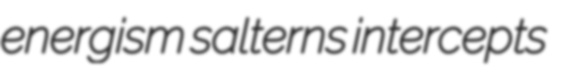
energism salterns intercepts